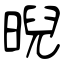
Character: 晲